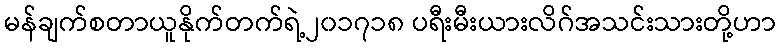
မန်ချက်စတာယူနိုက်တက်ရဲ့၂၀၁၇၁၈ ပရီးမီးယားလိဂ်အသင်းသားတို့ဟာ